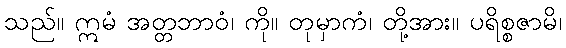
သည်။ ဣမံ အတ္တဘာဝံ၊ ကို။ တုမှာကံ၊ တို့အား။ ပရိစ္စဇာမိ၊